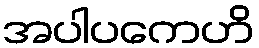
အပါပကေဟိ